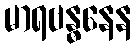
မာရဗန္ဓနေန